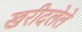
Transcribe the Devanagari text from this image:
खरीदलेले